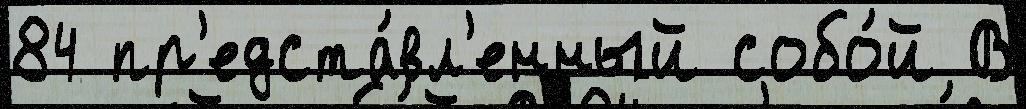
84 пр'едста́вл'енный собо́й В